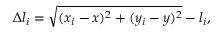
\begin{array} { r } { \Delta l _ { i } = \sqrt { ( x _ { i } - x ) ^ { 2 } + ( y _ { i } - y ) ^ { 2 } } - l _ { i } , } \end{array}